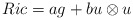
\begin{align*} Ric = ag + b u\otimes u\end{align*}